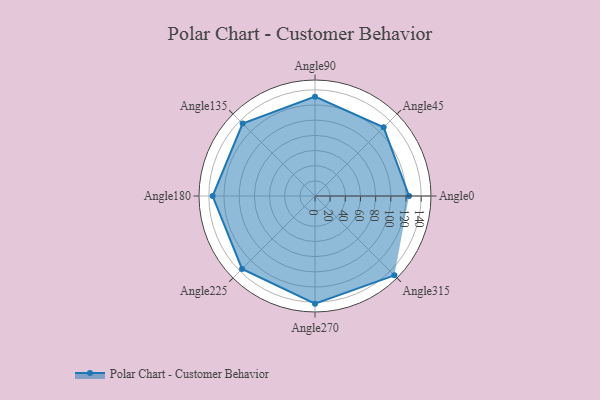
{"axis": {"x": "Angle", "y": "Radius"}, "legend": [""], "data": [{"x": "Angle0", "y": 124.0, "type": ""}, {"x": "Angle45", "y": 128.0, "type": ""}, {"x": "Angle90", "y": 131.0, "type": ""}, {"x": "Angle135", "y": 135.0, "type": ""}, {"x": "Angle180", "y": 135.0, "type": ""}, {"x": "Angle225", "y": 136.0, "type": ""}, {"x": "Angle270", "y": 142.0, "type": ""}, {"x": "Angle315", "y": 148.0, "type": ""}]}